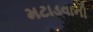
મટાડવાની